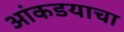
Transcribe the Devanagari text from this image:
आंकडयाचा